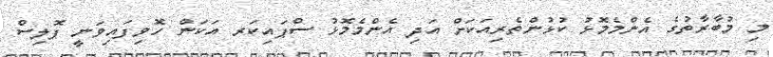
މި މުބާރާތުގެ އެންމެމޮޅު ކުޅުންތެރިއަކަށް އަދި އެންމެމޮޅު ސްޕައިކަރ އަކަން ހޮވިފައިވަނީ ޕޮލިސް